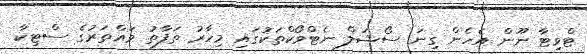
ޓްވިޓާ ނޫން އެހެން ގިނަ ސޯޝަލް ނެޓްވޯކްތަކުގައި މިހާރު ތަފާތު ވައްތަރުގެ ސްޓިކާ